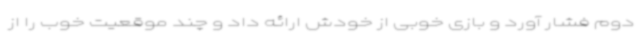
دوم فشار آورد و بازی خوبی از خودش ارائه داد و چند موقعیت خوب را از